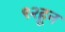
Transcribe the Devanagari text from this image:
९२हून